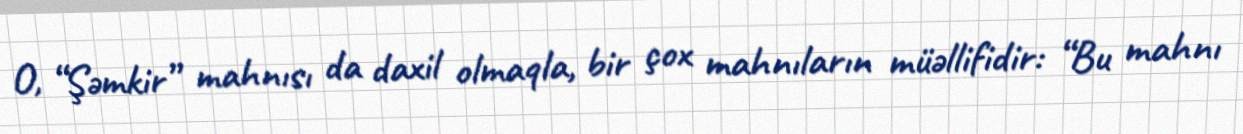
O, “Şəmkir” mahnısı da daxil olmaqla, bir çox mahnıların müəllifidir: “Bu mahnı